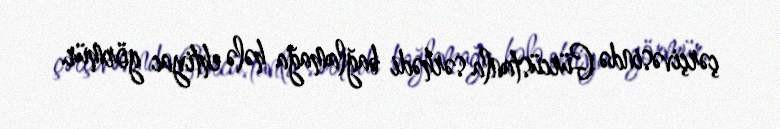
çərçivəsində Gürcüstanla sərhədi bağlamağa hələ ehtiyac görmür.